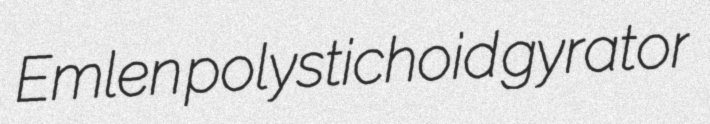
Emlen polystichoid gyrator